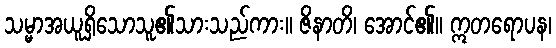
သမ္မာအယူရှိသောသူ၏သားသည်ကား။ ဇိနာတိ၊ အောင်၏။ ဣတရောပန၊